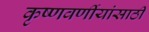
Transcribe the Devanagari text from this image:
कृष्णवर्णीयांसाठी